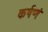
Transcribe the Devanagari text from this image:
कर्षणं